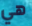
هي